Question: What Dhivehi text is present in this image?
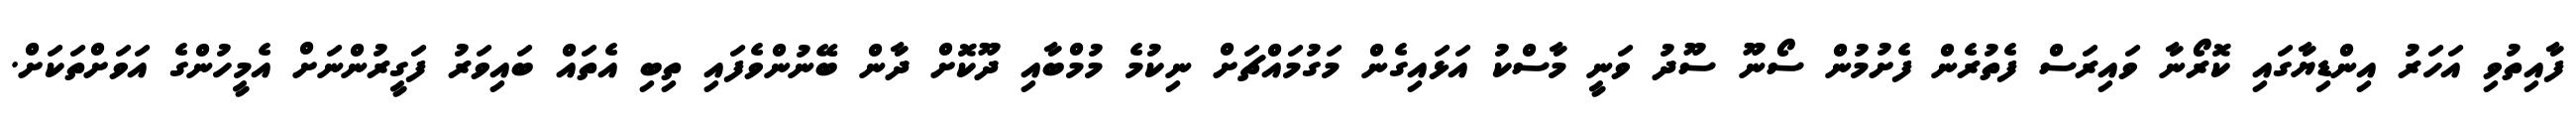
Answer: ފާއިތުވި އަހަރު އިންޑިޔާގައި ކޮރޯނާ ވައިރަސް ފެތުރެން ފެށުމުން ސޯނޫ ސޫދު ވަނީ މާސްކު އަޅައިގެން މަގުމައްޗަށް ނިކުމެ މުމްބާއި ދޫކޮށް ދާން ބޭނުންވެފައި ތިބި އެތައް ބައިވަރު ފަގީރުންނަށް އެމީހުންގެ އަވަށްތަކަށް.